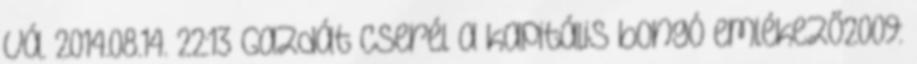
vá. 2014.08.14. 22:13 Gazdát cserél a kapitális bongó emlékező2009: